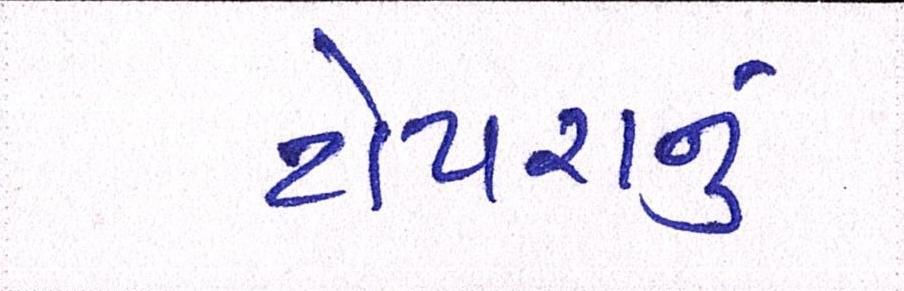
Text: ટોપરાનું